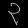
Digit: ၃